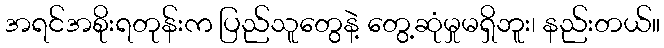
အရင်အစိုးရတုန်းက ပြည်သူတွေနဲ့ တွေ့ဆုံမှုမရှိဘူး၊ နည်းတယ်။